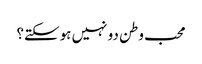
محب وطن دو نہیں ہوسکتے؟